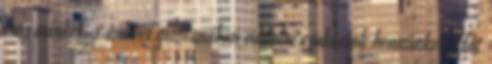
meg minket, s amivel mostanában vádolni szoktatok bennünket. Hát